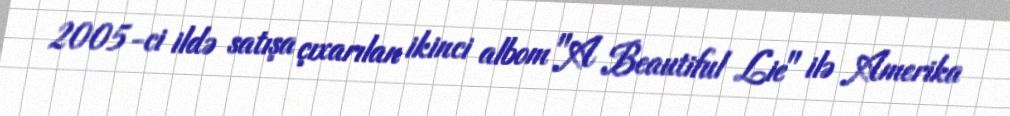
2005-ci ildə satışa çıxarılan ikinci albom "A Beautiful Lie" ilə Amerika